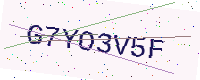
Text: G7YO3V5F